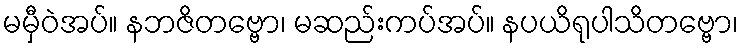
မမှီဝဲအပ်။ နဘဇိတဗ္ဗော၊ မဆည်းကပ်အပ်။ နပယိရုပါသိတဗ္ဗော၊